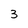
Character: 3